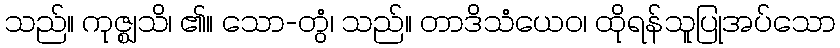
သည်။ ကုဇ္ဈသိ၊ ၏။ သော-တွံ၊ သည်။ တာဒိသံယေဝ၊ ထိုရန်သူပြုအပ်သော